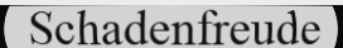
Schadenfreude